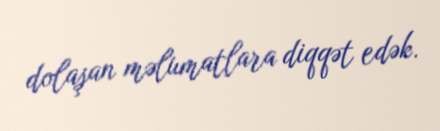
dolaşan məlumatlara diqqət edək.